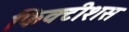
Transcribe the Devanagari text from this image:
फिक्टीशस